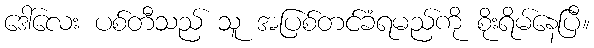
ဒေါ်လေး ပစ်တီသည် သူ အပြစ်တင်ခံရမည်ကို စိုးရိမ်နေပြီ။